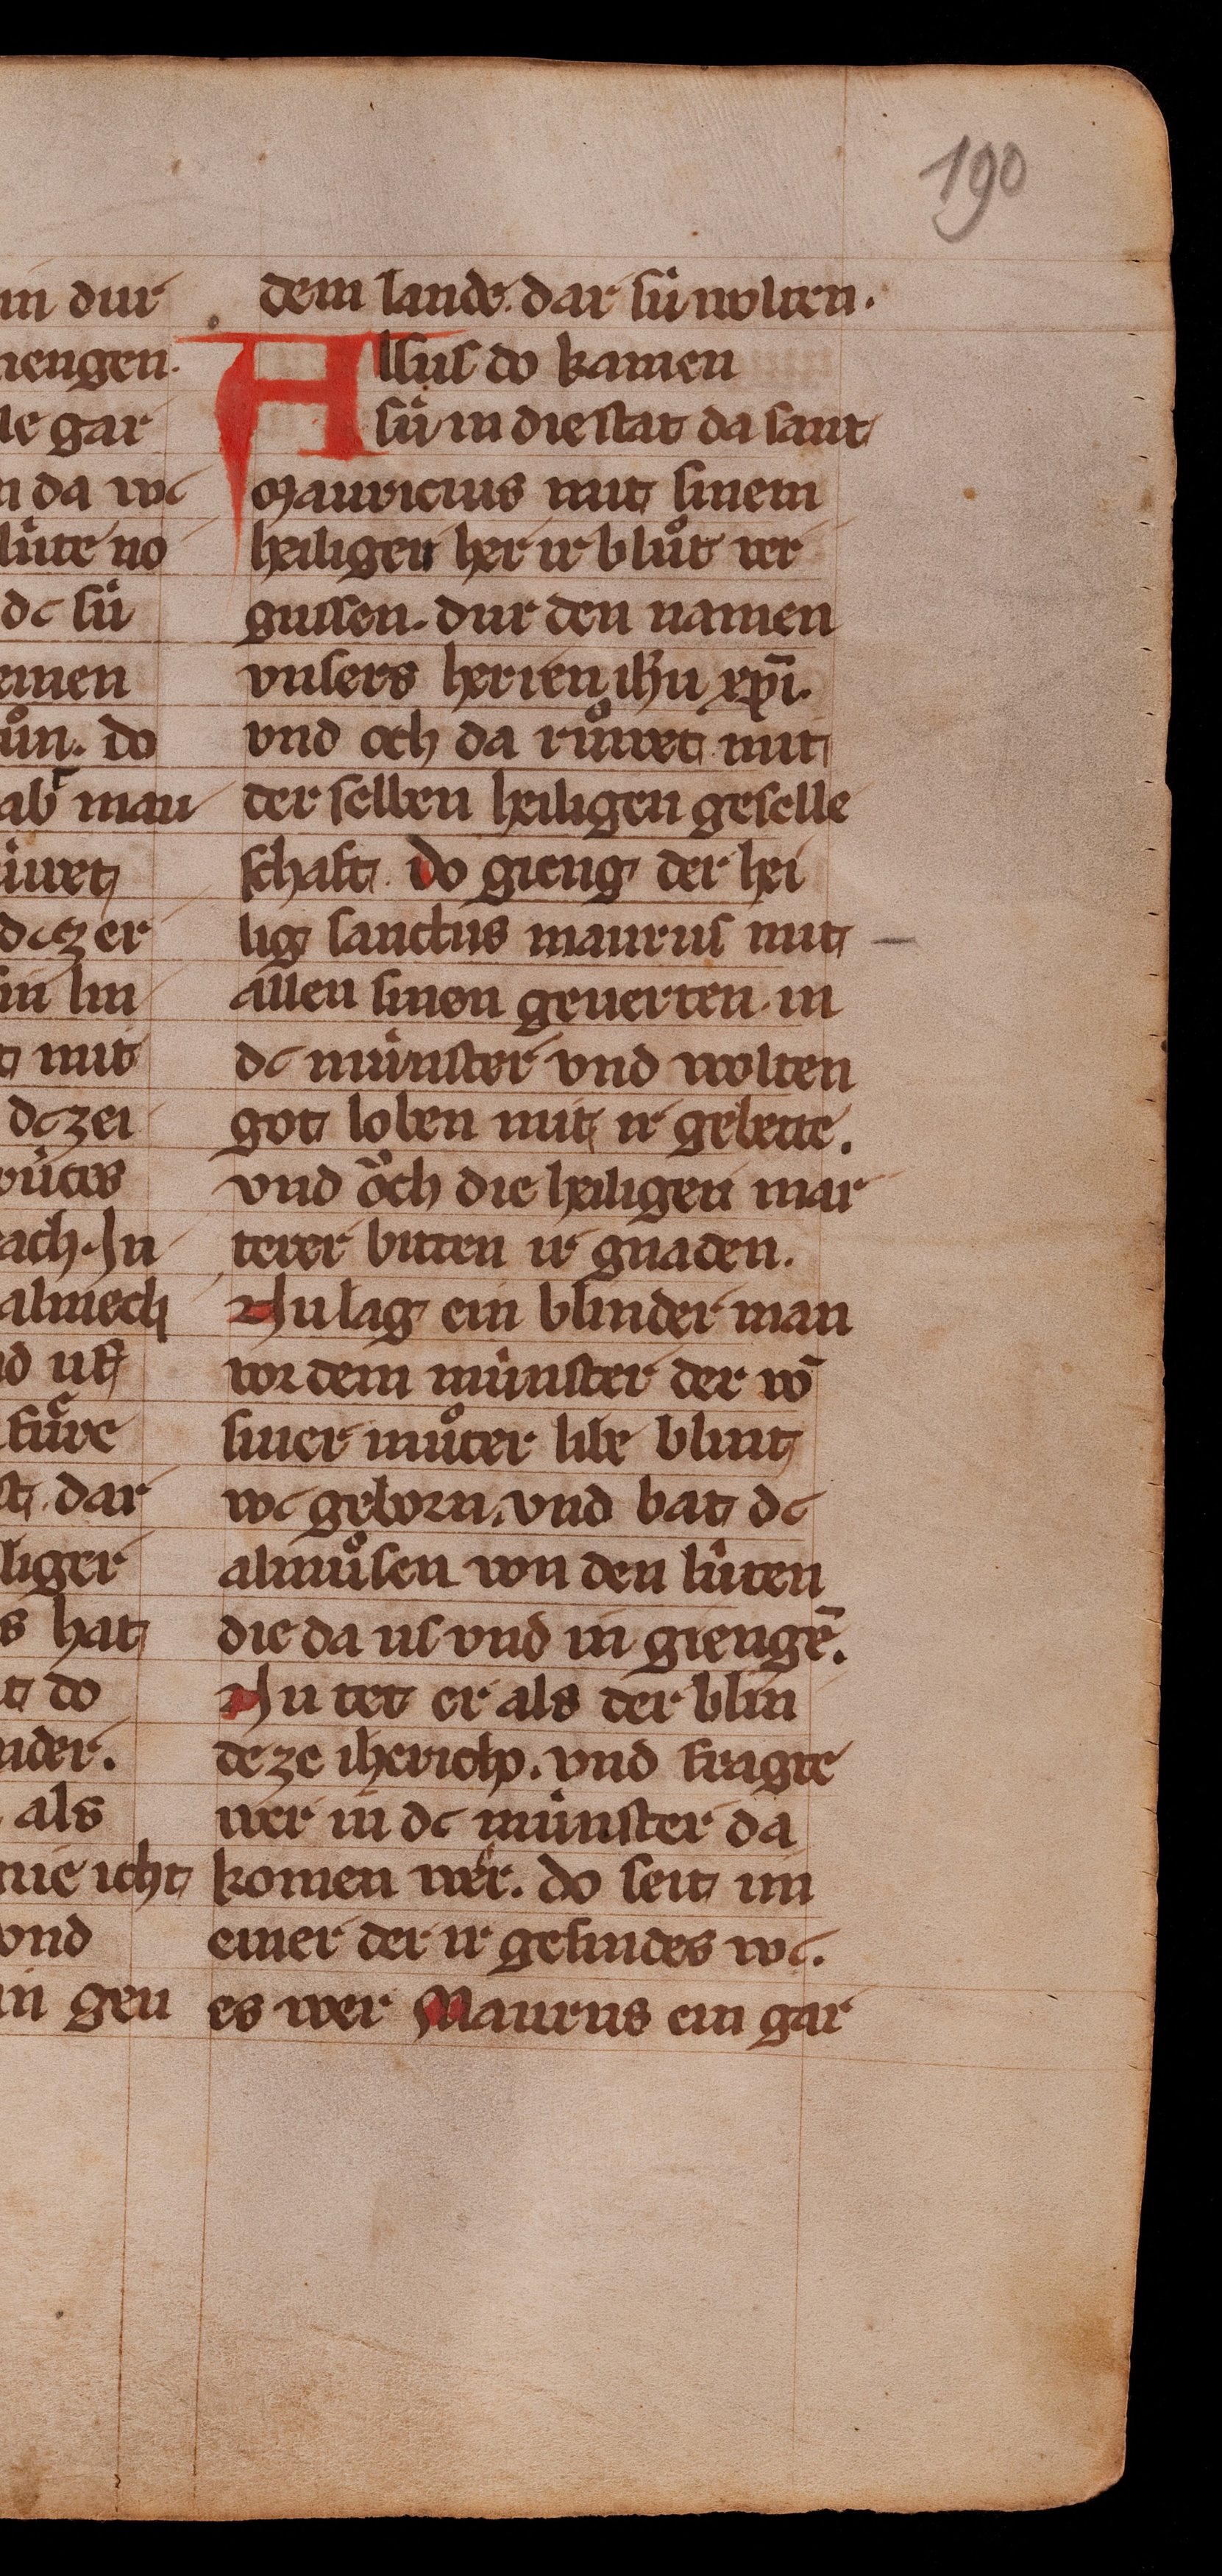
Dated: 1350–1374